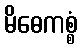
မိဓေကစ္စံ